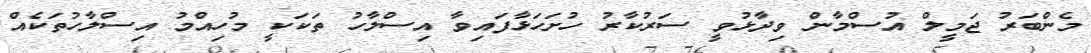
މެންބަރު ޖަމީލް އުސްމާން ވިދާޅުވީ ސަރުކާރު ހުށަހަޅާފައިވާ އިސްލާހު ތަކަކީ މުހިއްމު އިސްލާހުތަކެއް